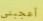
أعجبني